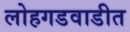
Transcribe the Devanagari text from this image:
लोहगडवाडीत